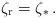
\begin{align*}\zeta_{\rm r}=\zeta_*\,.\end{align*}